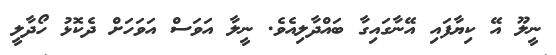
ނީލޫ އޭ ކިޔާފައި އޭނާގައިގާ ބައްދާލިއެވެ. ނީލާ އަވަސް އަވަހަށް ދެކޮޅު ހޯދާލީ